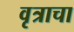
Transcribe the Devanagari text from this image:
वृत्राचा